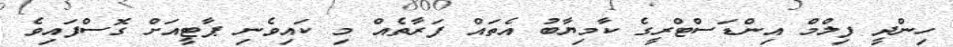
ހިންދީ ފިލްމް އިންޑަސްޓްރީގެ ކާމިޔާބު އެތައް ފަރާތެއް މި ކައިވެނި ޕާޓީއަށް ގޮސްފައިވެ